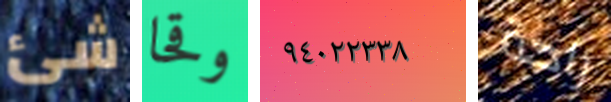
شئ وقحا ٩٤٠٢٢٣٣٨ راحة